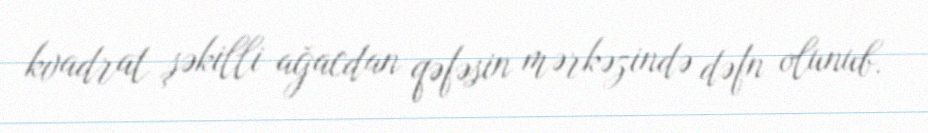
kvadrat şəkilli ağacdan qəfəsin mərkəzində dəfn olunub.